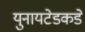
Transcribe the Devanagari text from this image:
युनायटेडकडे